Indian journal of veterinary science and animal husbandry - Volumes 18-21, 1948-1951
Year: 1948
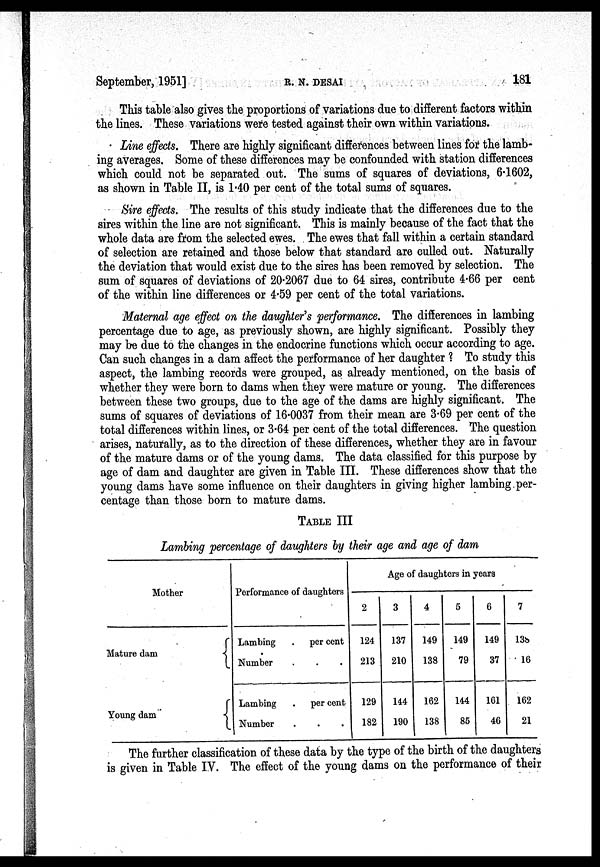
September, 1951]
R.
N.
DESAI
181
This table also gives the proportions of variations due to different factors within
the lines. These variations were tested against their own within variations.
Line effects. There are highly significant differences between lines for the lamb-
ing averages. Some of these differences may be confounded with station differences
which could not be separated out. The sums of squares of deviations, 6.1602,
as shown in Table II, is 1.40 per cent of the total sums of squares.
Sire effects. The results of this study indicate that the differences due to the
sires within the line are not significant. This is mainly because of the fact that the
whole data are from the selected ewes. The ewes that fall within a certain standard
of selection are retained and those below that standard are culled out. Naturally
the deviation that would exist due to the sires has been removed by selection. The
sum of squares of deviations of 20.2067 due to 64 sires, contribute 4.66 per cent
of the within line differences or 4.59 per cent of the total variations.
Maternal age effect on the daughter's performance. The differences in lambing
percentage due to age, as previously shown, are highly significant. Possibly they
may be due to the changes in the endocrine functions which occur according to age.
Can such changes in a dam affect the performance of her daughter ! To study this
aspect, the lambing records were grouped, as already mentioned, on the basis of
whether they were born to dams when they were mature or young. The differences
between these two groups, due to the age of the dams are highly significant. The
sums of squares of deviations of 16.0037 from their mean are 3.69 per cent of the
total differences within lines, or 3.64 per cent of the total differences. The question
arises, naturally, as to the direction of these differences, whether they are in favour
of the mature dams or of the young dams. The data classified for this purpose by
age of dam and daughter are given in Table III. These differences show that the
young dams have some influence on their daughters in giving higher lambing per-
centage than those born to mature dams.
TABLE III
Lambing percentage of daughters by their age and age of dam
Mother
Mature dam
Young dam
Performance of daughters
Lambing
. per cent
Number . . .
Lambing
. per cent
Number . . .
Age of daughters in years
2
124
213
129
182
3
137
210
144
190
4
149
138
162
138
5
149
79
144
85
6
149
37
161
46
7
138
16
162
21
The further classification of these data by the type of the birth of the daughters
is given in Table IV. The effect of the young dams on the performance of their